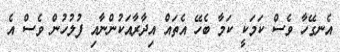
އެނގޭހާ ވެސް ކަމަކީ ކަމާ ބެހޭ އެތައް އިދާރާއަކުންނާއި ފުލުހުން ވެސް އެ